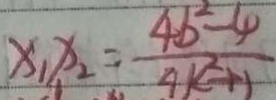
x _ { 1 } x _ { 2 } = \frac { 4 b ^ { 2 } - 4 } { 4 k ^ { 2 } + 1 }